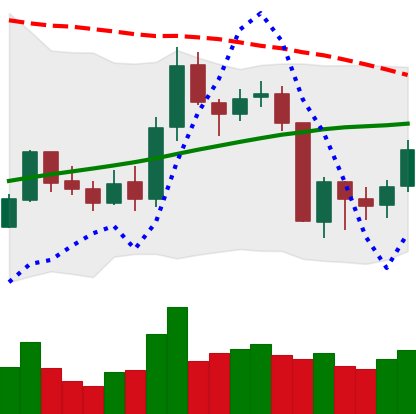
Ticker: BNB-USD
Chart end date: 2019-08-19
Forward return: -8.03%
Label: down_7plus